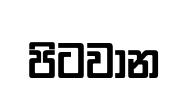
පිටවාන